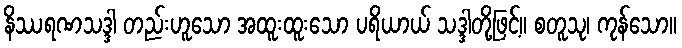
နိဿရဏသဒ္ဒါ တည်းဟူသော အထူးထူးသော ပရိယာယ် သဒ္ဒါတို့ဖြင့်။ စတူသု၊ ကုန်သော။